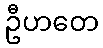
ဦဟတေ